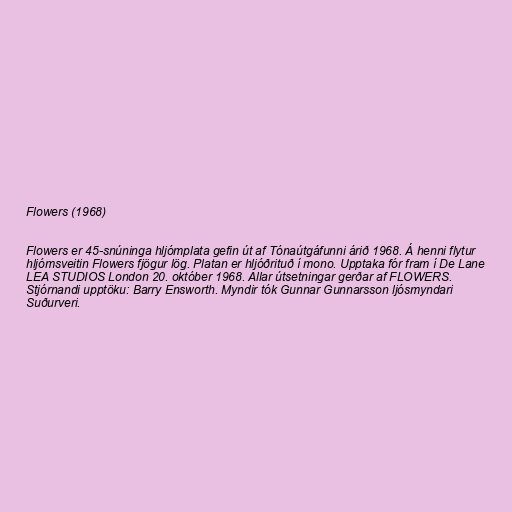
Flowers (1968)

Flowers er 45-snúninga hljómplata gefin út af Tónaútgáfunni árið 1968. Á henni flytur
hljómsveitin Flowers fjögur lög. Platan er hljóðrituð í mono. Upptaka fór fram í De Lane
LEA STUDIOS London 20. október 1968. Allar útsetningar gerðar af FLOWERS.
Stjórnandi upptöku: Barry Ensworth. Myndir tók Gunnar Gunnarsson ljósmyndari
Suðurveri.